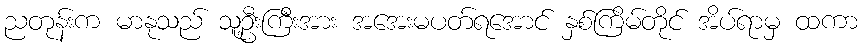
ညတုန်းက မာနုသည် သူ့ဦးကြီးအား အအေးမပတ်ရအောင် နှစ်ကြိမ်တိုင် အိပ်ရာမှ ထကာ